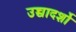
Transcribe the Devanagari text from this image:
उच्चादर्शो